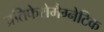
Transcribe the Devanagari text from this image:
प्रतिफेरोमैग्नेटिक